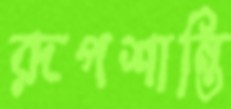
রূপশান্তি